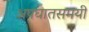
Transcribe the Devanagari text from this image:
अपघातसमयी